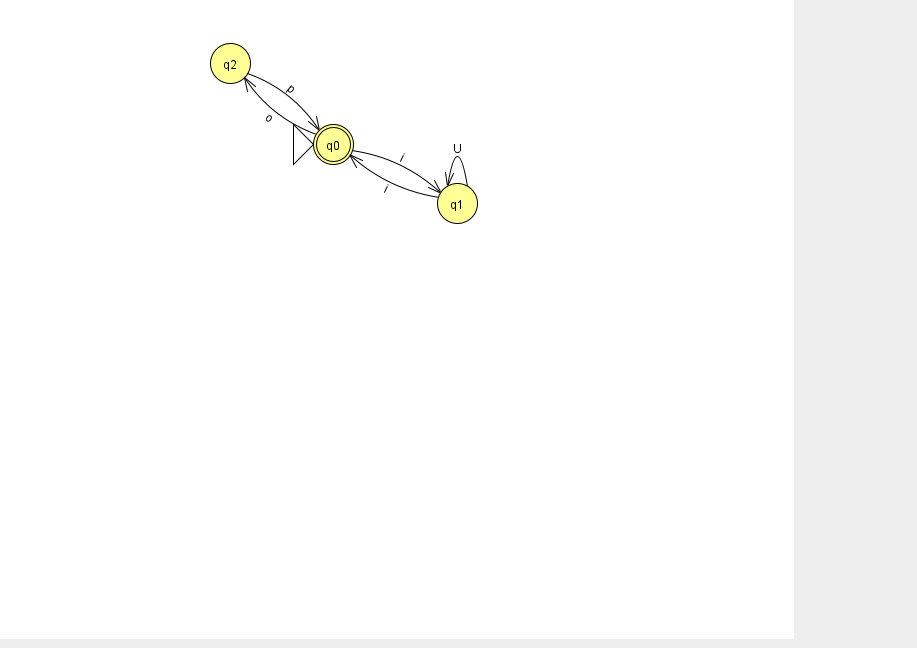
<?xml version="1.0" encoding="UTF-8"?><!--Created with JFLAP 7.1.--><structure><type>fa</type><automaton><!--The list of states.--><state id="0" name="q0"><x>333.0</x><y>131.0</y><initial/><final/></state><state id="1" name="q1"><x>457.0</x><y>190.0</y></state><state id="2" name="q2"><x>230.0</x><y>50.0</y></state><!--The list of transitions.--><transition><from>0</from><to>1</to><read>i</read></transition><transition><from>1</from><to>0</to><read>i</read></transition><transition><from>2</from><to>0</to><read>p</read></transition><transition><from>1</from><to>1</to><read>U</read></transition><transition><from>0</from><to>2</to><read>o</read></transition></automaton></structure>